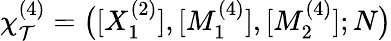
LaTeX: \chi_{\mathcal{T}}^{(4)}=\big([X_{1}^{(2)}],[M_{1}^{(4)}],[M_{2}^{(4)}];N\big)